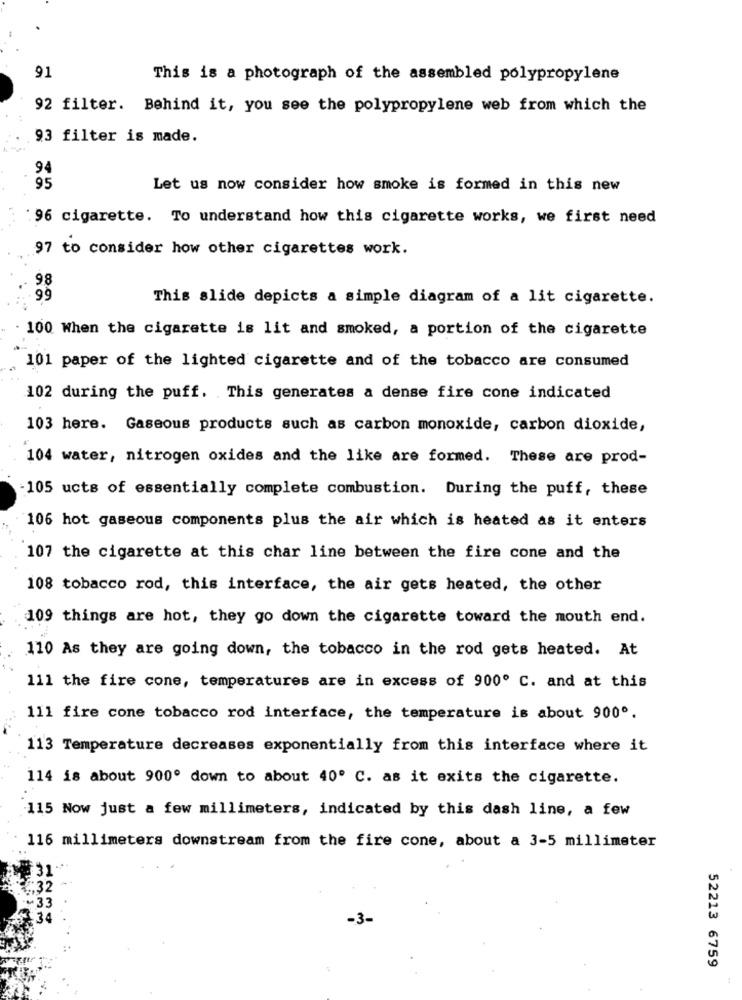
91
This is a photograph of the assembled polypropylene
92 filter. Behind it, you see the polypropylene web from which the
93 filter is made.
94
95
Let us now consider how smoke is formed in this new
: 96 cigarette. To understand how this cigarette works, we first need
97 to consider how other cigarettes work.
98
99
This slide depicts a simple diagram of a lit cigarette.
100 When the cigarette is lit and smoked, a portion of the cigarette
101 paper of the lighted cigarette and of the tobacco are consumed
102 during the puff. This generates a dense fire cone indicated
103 here. Gaseous products such as carbon monoxide, carbon dioxide,
104 water, nitrogen oxides and the like are formed. These are prod-
-105 ucts of essentially complete combustion. During the puff, these
106 hot gaseous components plus the air which is heated as it enters
107 the cigarette at this char line between the fire cone and the
108 tobacco rod, this interface, the air gets heated, the other
109 things are hot, they go down the cigarette toward the mouth end.
110 As they are going down, the tobacco in the rod gets heated. At
111 the fire cone, temperatures are in excess of 900º C. and at this
111 fire cone tobacco rod interface, the temperature is about 900º.
113 Temperature decreases exponentially from this interface where it
114 is about 900º down to about 40º C. as it exits the cigarette.
115 Now just a few millimeters, indicated by this dash line, a few
116 millimeters downstream from the fire cone, about a 3-5 millimeter
52213 6759